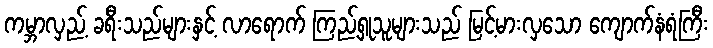
ကမ္ဘာလှည့် ခရီးသည်များနှင့် လာရောက် ကြည့်ရှုသူများသည် မြင့်မားလှသော ကျောက်နံရံကြီး